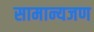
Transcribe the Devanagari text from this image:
सामान्यजण